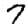
Digit: 7